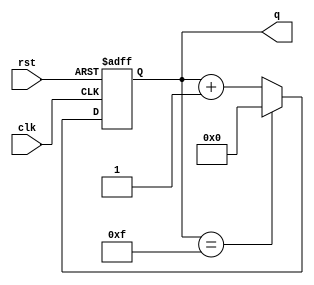
module count4b(clk, rst, q);
input clk, rst;
output reg [3:0] q;

always @(posedge clk or negedge rst) begin
		if(!rst) 
			q <= 0;
		else if (q == 4'b1111) 
			q <= 0;
		else
			q <= q + 1;
end

endmodule